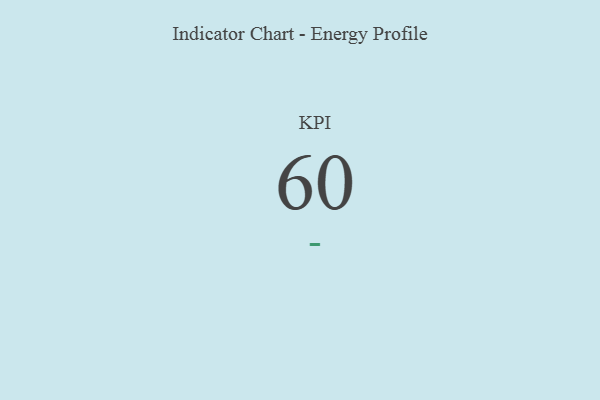
{"axis": {"x": "KPI", "y": "Value"}, "legend": [""], "data": [{"x": "KPI", "y": 60, "type": ""}]}